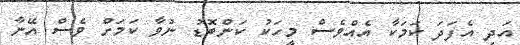
އަދި އެފަދަ ކަމަކާ އެއްވެސް މީހަކު ކަންބޮޑު ނުވާ ކަމަށް ވެސް އޭނާ